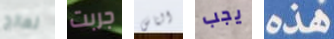
نعالج جربت الناس يجب هذه